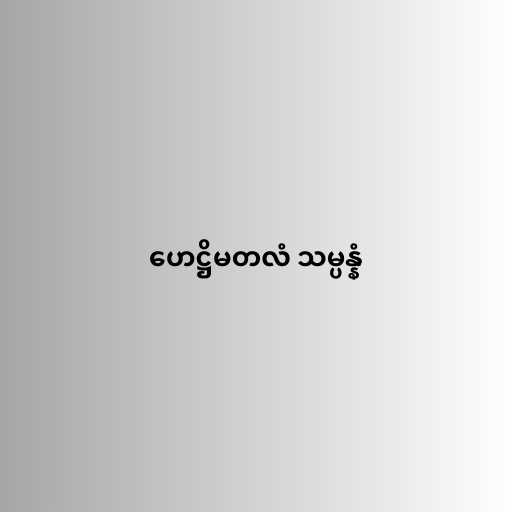
ဟေဋ္ဌိမတလံ သမ္ပန္နံ